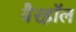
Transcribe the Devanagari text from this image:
वैरहॉल